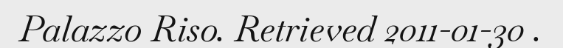
Palazzo Riso. Retrieved 2011-01-30 .